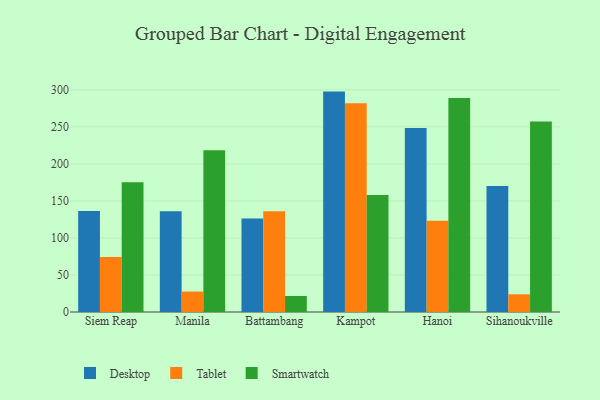
{"axis": {"x": "City", "y": "Humidity (%)"}, "legend": ["Desktop", "Smartwatch", "Tablet"], "data": [{"x": "Siem Reap", "y": 136.4, "type": "Desktop"}, {"x": "Siem Reap", "y": 74.4, "type": "Tablet"}, {"x": "Siem Reap", "y": 175.2, "type": "Smartwatch"}, {"x": "Manila", "y": 135.9, "type": "Desktop"}, {"x": "Manila", "y": 27.6, "type": "Tablet"}, {"x": "Manila", "y": 218.3, "type": "Smartwatch"}, {"x": "Battambang", "y": 126.4, "type": "Desktop"}, {"x": "Battambang", "y": 136.1, "type": "Tablet"}, {"x": "Battambang", "y": 21.6, "type": "Smartwatch"}, {"x": "Kampot", "y": 297.6, "type": "Desktop"}, {"x": "Kampot", "y": 282.0, "type": "Tablet"}, {"x": "Kampot", "y": 158.1, "type": "Smartwatch"}, {"x": "Hanoi", "y": 248.5, "type": "Desktop"}, {"x": "Hanoi", "y": 123.2, "type": "Tablet"}, {"x": "Hanoi", "y": 289.1, "type": "Smartwatch"}, {"x": "Sihanoukville", "y": 170.3, "type": "Desktop"}, {"x": "Sihanoukville", "y": 23.9, "type": "Tablet"}, {"x": "Sihanoukville", "y": 257.3, "type": "Smartwatch"}]}